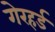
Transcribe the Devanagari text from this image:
गेरहर्ड